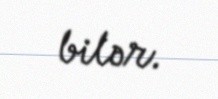
bilər.